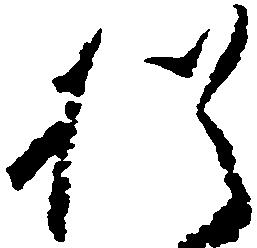
猶